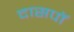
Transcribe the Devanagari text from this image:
दासपॉ